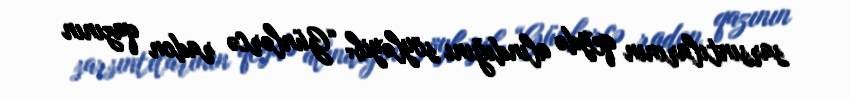
sarsıntılarının qeydə alındığını söyləyib: “Günlərcə radon qazının